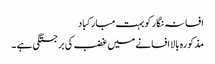
افسانہ نگار کو بہت مبارکباد
مذکورہ بالا افسانے میں غضب کی برجستگی ہے ۔